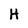
Character: H